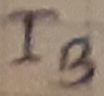
Text: IB